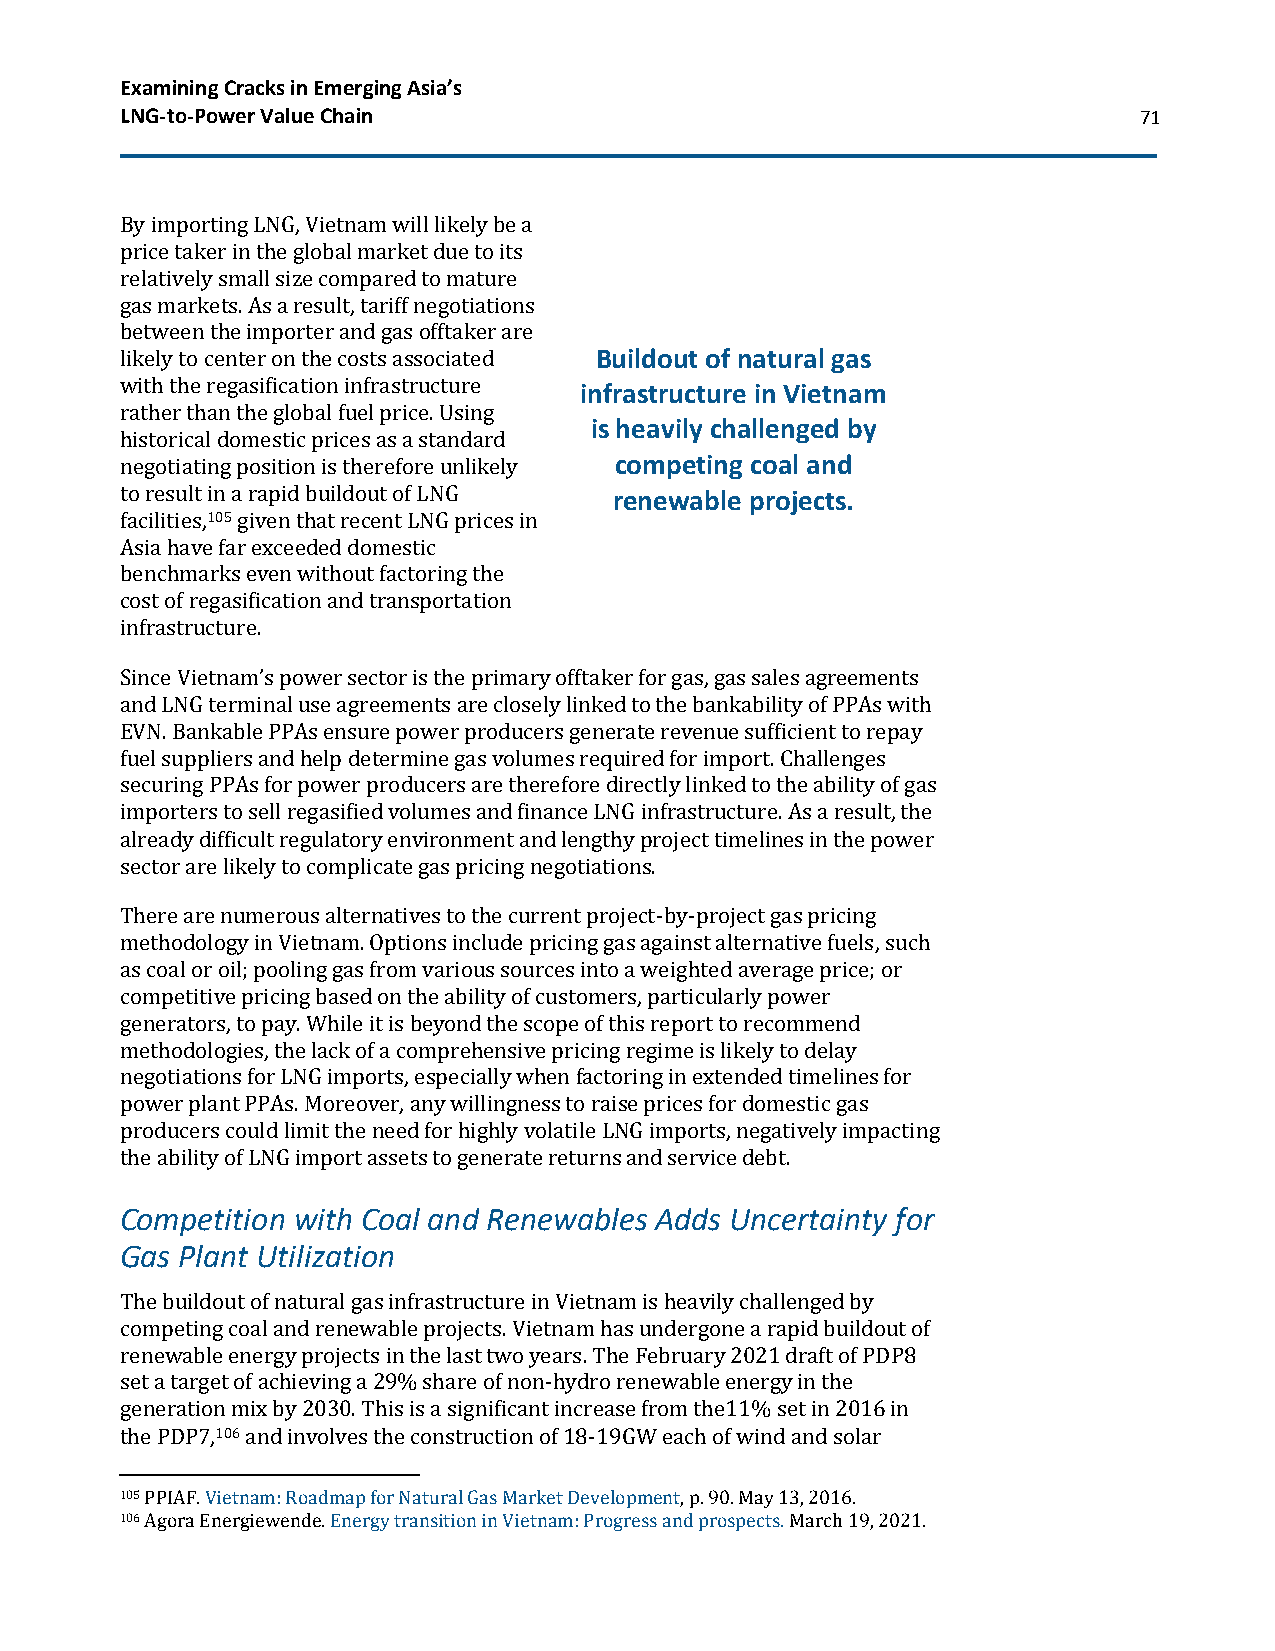
Examining Cracks in Emerging Asia’s
 LNG-to-Power Value Chain                                           71
 By importing LNG, Vietnam will likely be a
 price taker in the global market due to its
 relatively small size compared to mature
 gas markets. As a result, tariff negotiations
 between the importer and gas offtaker are
 likely to center on the costs associated Buildout of natural gas
 with the regasification infrastructure infrastructure in Vietnam
 rather than the global fuel price. Using
 is heavily challenged by
 historical domestic prices as a standard
 negotiating position is therefore unlikely competing coal and
 to result in a rapid buildout of LNG renewable projects.
 facilities,105 given that recent LNG prices in
 Asia have far exceeded domestic
 benchmarks even without factoring the
 cost of regasification and transportation
 infrastructure.
 Since Vietnam’s power sector is the primary offtaker for gas, gas sales agreements
 and LNG terminal use agreements are closely linked to the bankability of PPAs with
 EVN. Bankable PPAs ensure power producers generate revenue sufficient to repay
 fuel suppliers and help determine gas volumes required for import. Challenges
 securing PPAs for power producers are therefore directly linked to the ability of gas
 importers to sell regasified volumes and finance LNG infrastructure. As a result, the
 already difficult regulatory environment and lengthy project timelines in the power
 sector are likely to complicate gas pricing negotiations.
 There are numerous alternatives to the current project-by-project gas pricing
 methodology in Vietnam. Options include pricing gas against alternative fuels, such
 as coal or oil; pooling gas from various sources into a weighted average price; or
 competitive pricing based on the ability of customers, particularly power
 generators, to pay. While it is beyond the scope of this report to recommend
 methodologies, the lack of a comprehensive pricing regime is likely to delay
 negotiations for LNG imports, especially when factoring in extended timelines for
 power plant PPAs. Moreover, any willingness to raise prices for domestic gas
 producers could limit the need for highly volatile LNG imports, negatively impacting
 the ability of LNG import assets to generate returns and service debt.
 Competition with Coal and Renewables Adds Uncertainty for
 Gas Plant Utilization
 The buildout of natural gas infrastructure in Vietnam is heavily challenged by
 competing coal and renewable projects. Vietnam has undergone a rapid buildout of
 renewable energy projects in the last two years. The February 2021 draft of PDP8
 set a target of achieving a 29% share of non-hydro renewable energy in the
 generation mix by 2030. This is a significant increase from the11% set in 2016 in
 the PDP7,106 and involves the construction of 18-19GW each of wind and solar
 105 PPIAF. Vietnam: Roadmap for Natural Gas Market Development, p. 90. May 13, 2016.
 106 Agora Energiewende. Energy transition in Vietnam: Progress and prospects. March 19, 2021.